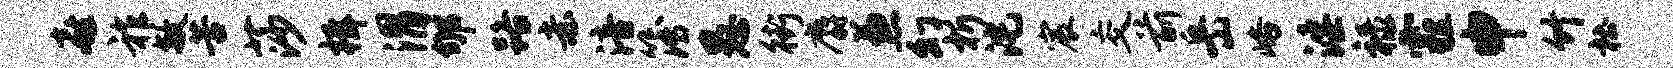
喜祚敏苦莎楫渭郇路赤涪簿愚街麝兼幻析沱宸交前岳峪淫禄霾申竹杜